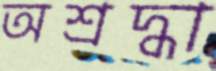
অশ্রদ্ধা